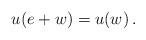
LaTeX: \begin{align*}u (e+w) = u (w)\, .\end{align*}